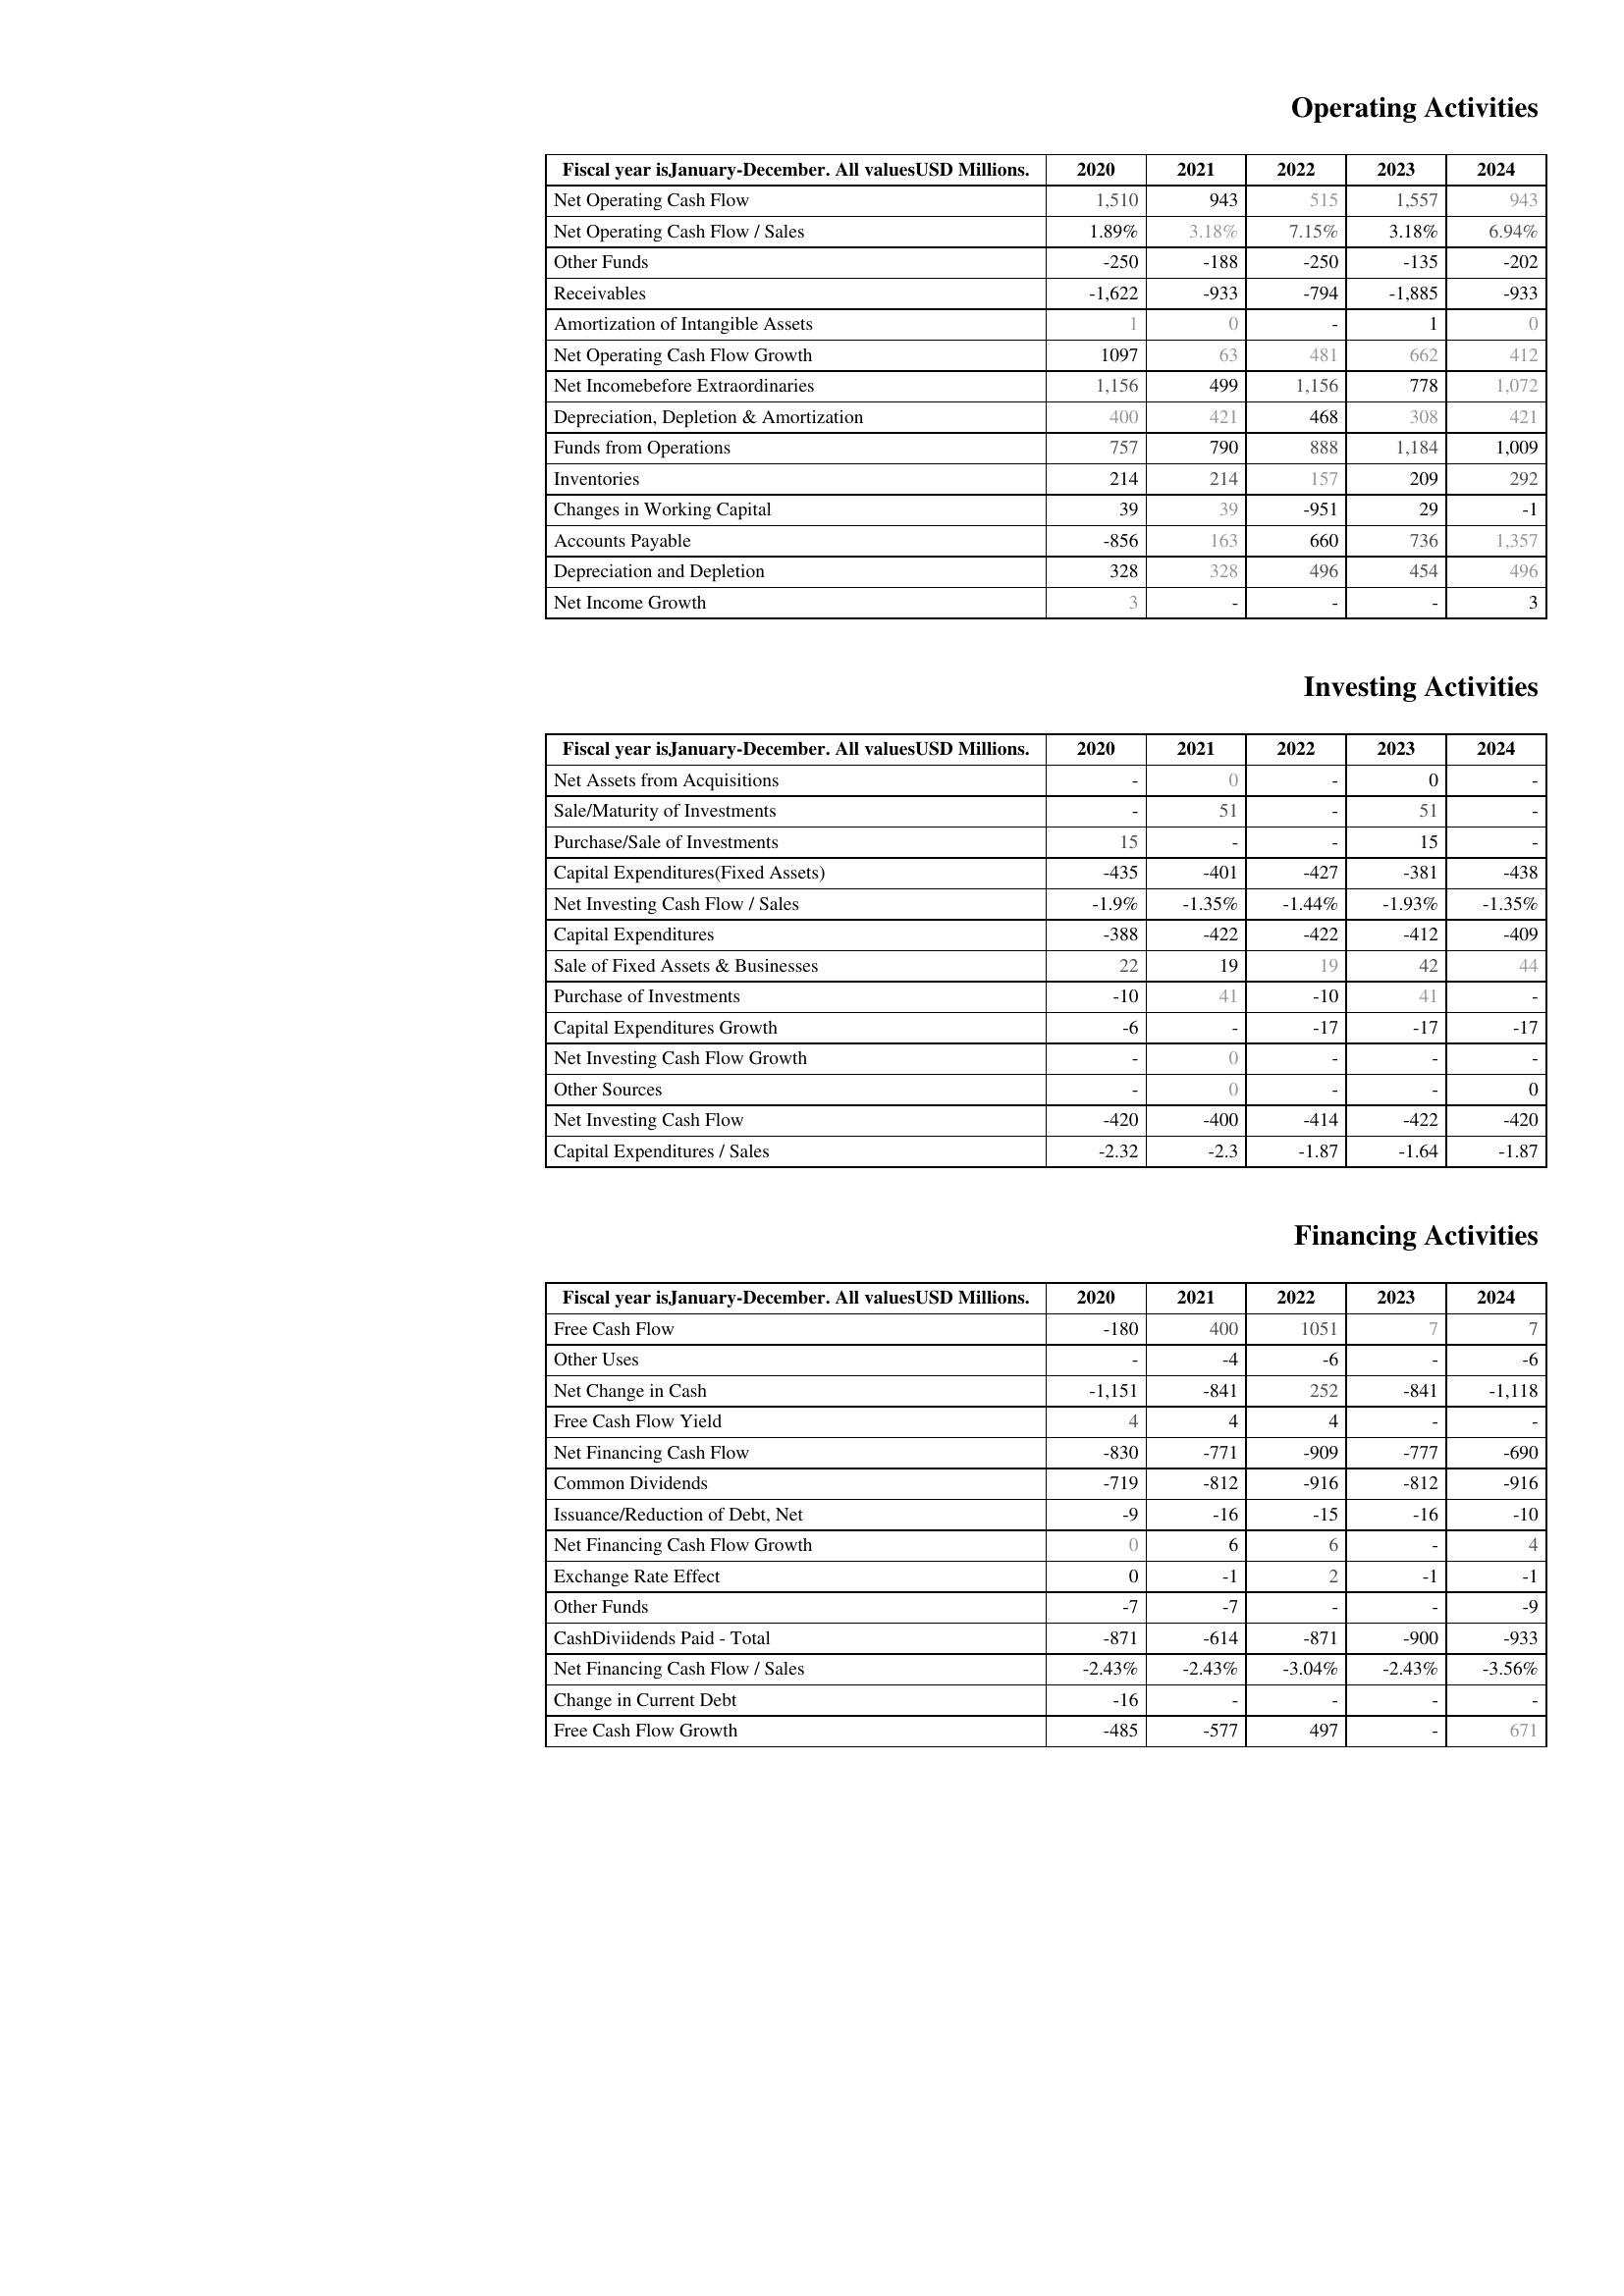
2020: Operating Activities: Net Operating Cash Flow: 1,510
Net Operating Cash Flow / Sales: 1.89%
Other Funds: -250
Receivables: -1,622
Amortization of Intangible Assets: 1
Net Operating Cash Flow Growth: 1097
Net Incomebefore Extraordinaries: 1,156
Depreciation, Depletion & Amortization: 400
Funds from Operations: 757
Inventories: 214
Changes in Working Capital: 39
Accounts Payable: -856
Depreciation and Depletion: 328
Net Income Growth: 3
Investing Activities: Net Assets from Acquisitions: -
Sale/Maturity of Investments: -
Purchase/Sale of Investments: 15
Capital Expenditures(Fixed Assets): -435
Net Investing Cash Flow / Sales: -1.9%
Capital Expenditures: -388
Sale of Fixed Assets & Businesses: 22
Purchase of Investments: -10
Capital Expenditures Growth: -6
Net Investing Cash Flow Growth: -
Other Sources: -
Net Investing Cash Flow: -420
Capital Expenditures / Sales: -2.32
Financing Activities: Free Cash Flow: -180
Other Uses: -
Net Change in Cash: -1,151
Free Cash Flow Yield: 4
Net Financing Cash Flow: -830
Common Dividends: -719
Issuance/Reduction of Debt, Net: -9
Net Financing Cash Flow Growth: 0
Exchange Rate Effect: 0
Other Funds: -7
CashDiviidends Paid - Total: -871
Net Financing Cash Flow / Sales: -2.43%
Change in Current Debt: -16
Free Cash Flow Growth: -485
2021: Operating Activities: Net Operating Cash Flow: 943
Net Operating Cash Flow / Sales: 3.18%
Other Funds: -188
Receivables: -933
Amortization of Intangible Assets: 0
Net Operating Cash Flow Growth: 63
Net Incomebefore Extraordinaries: 499
Depreciation, Depletion & Amortization: 421
Funds from Operations: 790
Inventories: 214
Changes in Working Capital: 39
Accounts Payable: 163
Depreciation and Depletion: 328
Net Income Growth: -
Investing Activities: Net Assets from Acquisitions: 0
Sale/Maturity of Investments: 51
Purchase/Sale of Investments: -
Capital Expenditures(Fixed Assets): -401
Net Investing Cash Flow / Sales: -1.35%
Capital Expenditures: -422
Sale of Fixed Assets & Businesses: 19
Purchase of Investments: 41
Capital Expenditures Growth: -
Net Investing Cash Flow Growth: 0
Other Sources: 0
Net Investing Cash Flow: -400
Capital Expenditures / Sales: -2.3
Financing Activities: Free Cash Flow: 400
Other Uses: -4
Net Change in Cash: -841
Free Cash Flow Yield: 4
Net Financing Cash Flow: -771
Common Dividends: -812
Issuance/Reduction of Debt, Net: -16
Net Financing Cash Flow Growth: 6
Exchange Rate Effect: -1
Other Funds: -7
CashDiviidends Paid - Total: -614
Net Financing Cash Flow / Sales: -2.43%
Change in Current Debt: -
Free Cash Flow Growth: -577
2022: Operating Activities: Net Operating Cash Flow: 515
Net Operating Cash Flow / Sales: 7.15%
Other Funds: -250
Receivables: -794
Amortization of Intangible Assets: -
Net Operating Cash Flow Growth: 481
Net Incomebefore Extraordinaries: 1,156
Depreciation, Depletion & Amortization: 468
Funds from Operations: 888
Inventories: 157
Changes in Working Capital: -951
Accounts Payable: 660
Depreciation and Depletion: 496
Net Income Growth: -
Investing Activities: Net Assets from Acquisitions: -
Sale/Maturity of Investments: -
Purchase/Sale of Investments: -
Capital Expenditures(Fixed Assets): -427
Net Investing Cash Flow / Sales: -1.44%
Capital Expenditures: -422
Sale of Fixed Assets & Businesses: 19
Purchase of Investments: -10
Capital Expenditures Growth: -17
Net Investing Cash Flow Growth: -
Other Sources: -
Net Investing Cash Flow: -414
Capital Expenditures / Sales: -1.87
Financing Activities: Free Cash Flow: 1051
Other Uses: -6
Net Change in Cash: 252
Free Cash Flow Yield: 4
Net Financing Cash Flow: -909
Common Dividends: -916
Issuance/Reduction of Debt, Net: -15
Net Financing Cash Flow Growth: 6
Exchange Rate Effect: 2
Other Funds: -
CashDiviidends Paid - Total: -871
Net Financing Cash Flow / Sales: -3.04%
Change in Current Debt: -
Free Cash Flow Growth: 497
2023: Operating Activities: Net Operating Cash Flow: 1,557
Net Operating Cash Flow / Sales: 3.18%
Other Funds: -135
Receivables: -1,885
Amortization of Intangible Assets: 1
Net Operating Cash Flow Growth: 662
Net Incomebefore Extraordinaries: 778
Depreciation, Depletion & Amortization: 308
Funds from Operations: 1,184
Inventories: 209
Changes in Working Capital: 29
Accounts Payable: 736
Depreciation and Depletion: 454
Net Income Growth: -
Investing Activities: Net Assets from Acquisitions: 0
Sale/Maturity of Investments: 51
Purchase/Sale of Investments: 15
Capital Expenditures(Fixed Assets): -381
Net Investing Cash Flow / Sales: -1.93%
Capital Expenditures: -412
Sale of Fixed Assets & Businesses: 42
Purchase of Investments: 41
Capital Expenditures Growth: -17
Net Investing Cash Flow Growth: -
Other Sources: -
Net Investing Cash Flow: -422
Capital Expenditures / Sales: -1.64
Financing Activities: Free Cash Flow: 7
Other Uses: -
Net Change in Cash: -841
Free Cash Flow Yield: -
Net Financing Cash Flow: -777
Common Dividends: -812
Issuance/Reduction of Debt, Net: -16
Net Financing Cash Flow Growth: -
Exchange Rate Effect: -1
Other Funds: -
CashDiviidends Paid - Total: -900
Net Financing Cash Flow / Sales: -2.43%
Change in Current Debt: -
Free Cash Flow Growth: -
2024: Operating Activities: Net Operating Cash Flow: 943
Net Operating Cash Flow / Sales: 6.94%
Other Funds: -202
Receivables: -933
Amortization of Intangible Assets: 0
Net Operating Cash Flow Growth: 412
Net Incomebefore Extraordinaries: 1,072
Depreciation, Depletion & Amortization: 421
Funds from Operations: 1,009
Inventories: 292
Changes in Working Capital: -1
Accounts Payable: 1,357
Depreciation and Depletion: 496
Net Income Growth: 3
Investing Activities: Net Assets from Acquisitions: -
Sale/Maturity of Investments: -
Purchase/Sale of Investments: -
Capital Expenditures(Fixed Assets): -438
Net Investing Cash Flow / Sales: -1.35%
Capital Expenditures: -409
Sale of Fixed Assets & Businesses: 44
Purchase of Investments: -
Capital Expenditures Growth: -17
Net Investing Cash Flow Growth: -
Other Sources: 0
Net Investing Cash Flow: -420
Capital Expenditures / Sales: -1.87
Financing Activities: Free Cash Flow: 7
Other Uses: -6
Net Change in Cash: -1,118
Free Cash Flow Yield: -
Net Financing Cash Flow: -690
Common Dividends: -916
Issuance/Reduction of Debt, Net: -10
Net Financing Cash Flow Growth: 4
Exchange Rate Effect: -1
Other Funds: -9
CashDiviidends Paid - Total: -933
Net Financing Cash Flow / Sales: -3.56%
Change in Current Debt: -
Free Cash Flow Growth: 671